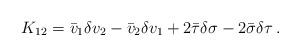
LaTeX: \begin{align*}K_{12} = \bar v_1 \delta v_2 - \bar v_2 \delta v_1 + 2\bar\tau\delta\sigma- 2\bar\sigma\delta\tau\, .\end{align*}